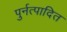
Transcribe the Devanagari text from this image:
पुर्नत्पादित